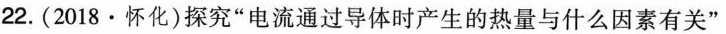
22.(2018 · 怀化)探究”电流通过导体时产生的热量与什么因素有关”